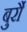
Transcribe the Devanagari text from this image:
बुर्रौ